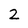
Character: 2